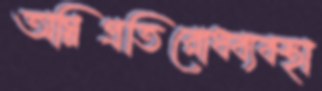
অগ্নিপ্রতিরোধব্যবস্থা